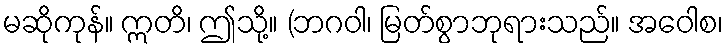
မဆိုကုန်။ ဣတိ၊ ဤသို့။ (ဘဂဝါ၊ မြတ်စွာဘုရားသည်။ အဝေါစ၊